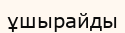
ұшырайды